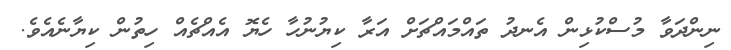
ނިންދަވާ މުސްކުޅިން އެނދު ތައްމައްޗަށް އަރާ ކިޔުނުހާ ހެޔޮ އެއްޗެއް ހިތުން ކިޔާނެއެވެ.